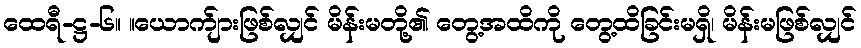
ထေရီ-ဋ္ဌ-၆။ ။ယောက်ျားဖြစ်လျှင် မိန်းမတို့၏ တွေ့အထိကို တွေ့ထိခြင်းမရှိ၊ မိန်းမဖြစ်လျှင်